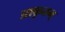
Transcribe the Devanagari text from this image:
प्राकृतम्